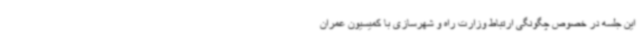
این جلسه در خصوص چگونگی ارتباط وزارت راه و شهرسازی با کمیسیون عمران